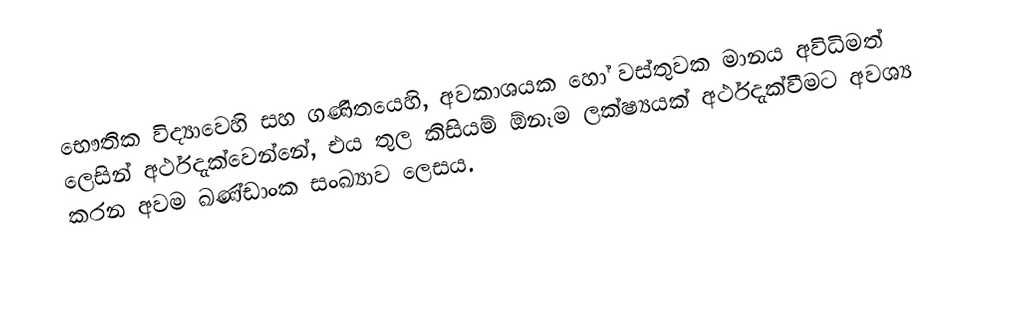
භෞතික විද්‍යාවෙහි සහ ගණිතයෙහි, අවකාශයක හෝ වස්තුවක මානය  අවිධිමත් ලෙසින් අර්ථදැක්වෙන්නේ, එය තුල කිසියම් ඕනෑම  ලක්ෂ්‍යයක් අර්ථදැක්වීමට අවශ්‍ය කරන අවම ඛණ්ඩාංක සංඛ්‍යාව ලෙසය.